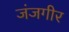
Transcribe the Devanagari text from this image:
जंजगीर